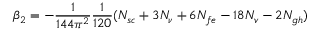
\beta _ { 2 } = - \frac { 1 } { 1 4 4 \pi ^ { 2 } } \frac { 1 } { 1 2 0 } ( N _ { s c } + 3 N _ { \nu } + 6 N _ { f e } - 1 8 N _ { v } - 2 N _ { g h } )